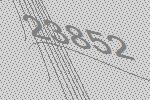
23852